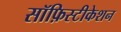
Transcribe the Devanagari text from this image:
सॉफ़िस्टीकेशन